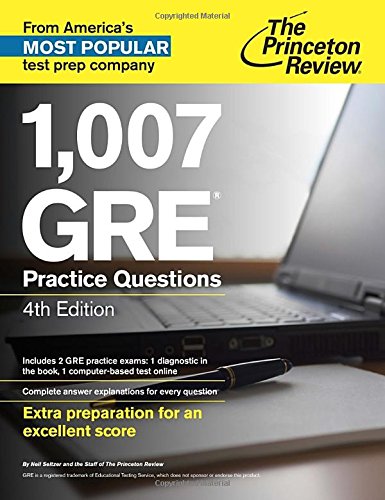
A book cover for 1,007 GRE Practice Questions, 4th Edition (Graduate School Test Preparation); Princeton Review; Test Preparation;